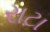
રાટા